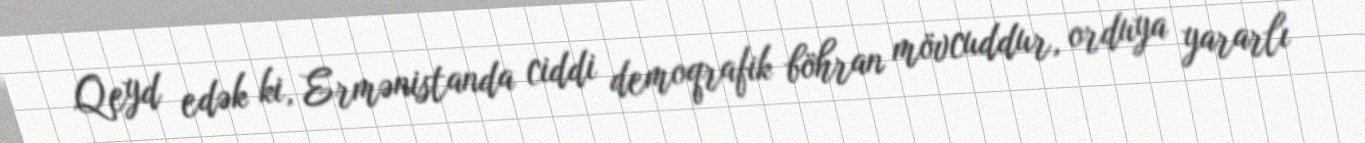
Qeyd edək ki, Ermənistanda ciddi demoqrafik böhran mövcuddur, orduya yararlı